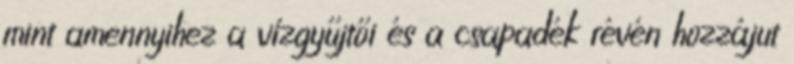
mint amennyihez a vízgyűjtői és a csapadék révén hozzájut